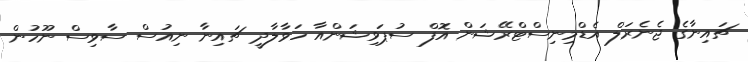
ޗައިނާގެ ޖެނެރަލް އެޑްމިނިސްޓްރޭޝަން އޮފް ސުޕަވިޝަންއާ ހަވާލާދީ ޗައިނާ ނިއުސް ސާވިސް ނޫހުން